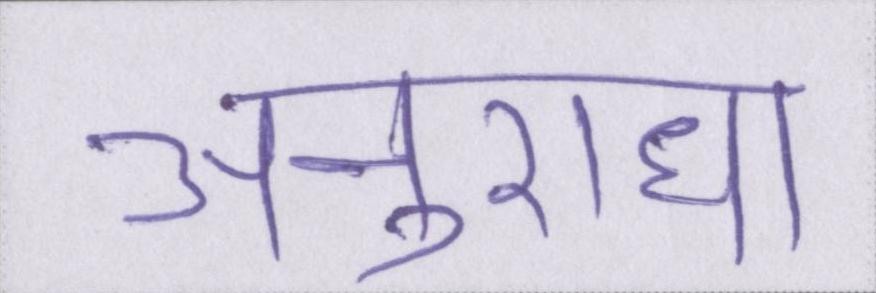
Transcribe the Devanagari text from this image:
अनुराधा